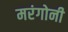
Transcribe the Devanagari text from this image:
मरंगोनी